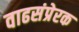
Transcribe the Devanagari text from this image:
वाढसंप्रेरक